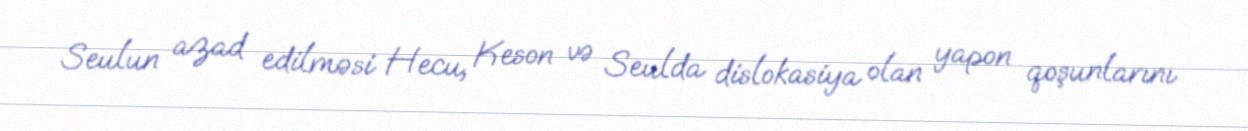
Seulun azad edilməsi Hecu, Keson və Seulda dislokasiya olan yapon qoşunlarını